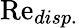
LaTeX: \mathrm{Re}_{disp.}